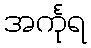
အင်္ကုရ